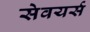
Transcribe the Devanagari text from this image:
सेवयर्स